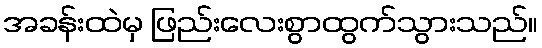
အခန်းထဲမှ ဖြည်းလေးစွာထွက်သွားသည်။